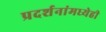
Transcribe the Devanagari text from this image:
प्रदर्शनांमध्येही